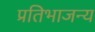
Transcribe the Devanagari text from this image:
प्रतिभाजन्य